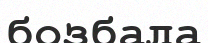
бозбала